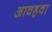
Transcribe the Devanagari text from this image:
आवहवा